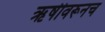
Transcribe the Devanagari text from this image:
ऋषीवरूनच